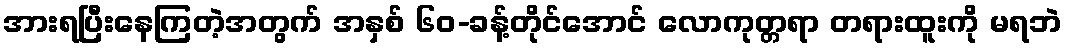
အားရပြီးနေကြတဲ့အတွက် အနှစ် ၆၀-ခန့်တိုင်အောင် လောကုတ္တရာ တရားထူးကို မရဘဲ